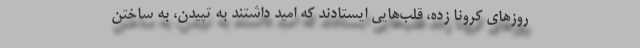
روزهای کرونا زده‌، قلب‌هایی ایستادند که امید داشتند به تپیدن، به ساختن